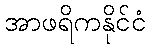
အာဖရိကနိုင်ငံ